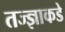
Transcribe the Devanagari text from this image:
तज्‍ज्ञाकडे